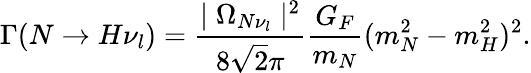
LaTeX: \Gamma(N\rightarrow H\nu_{l})=\frac{\mid\Omega_{N\nu_{l}}\mid^{2}}{8\sqrt{2}\pi}\frac{G_{F}}{m_{N}}(m_{N}^{2}-m_{H}^{2})^{2}.